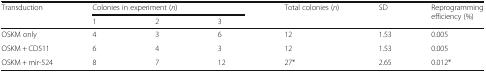
| <ROWSPAN=2> Transduction | <COLSPAN=3> Colonies in experiment (n) | <ROWSPAN=2> Total colonies (n) | <ROWSPAN=2> SD | <ROWSPAN=2> Reprogramming efficiency (%) |
 | 1 | 2 | 3 |
 | --- | --- | --- | --- | --- | --- | --- |
 | OSKM only | 4 | 3 | 6 | 12 | 1.53 | 0.005 |
 | OSKM + CD511 | 6 | 4 | 3 | 12 | 1.53 | 0.005 |
 | OSKM + mir-524 | 8 | 7 | 12 | 27* | 2.65 | 0.012* |